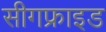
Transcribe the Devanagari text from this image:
सीगफ्राइड